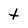
Character: t